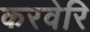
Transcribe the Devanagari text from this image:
करवेरि